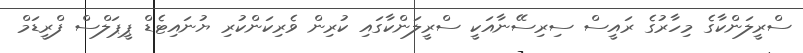
ސްރީލަންކާގެ މިހާރުގެ ރައީސް ސިރިސޭނާއަކީ ސްރީލަންކާގައި ކުރިން ވެރިކަންކުރި ޔުނައިޓެޑް ޕީޕަލްސް ފްރީޑަމް